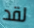
لقد